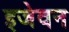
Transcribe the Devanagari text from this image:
इजेवन